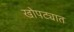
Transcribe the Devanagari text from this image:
खोपट्यात